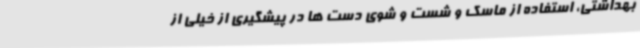
بهداشتی، استفاده از ماسک و شست و شوی دست ها در پیشگیری از خیلی از